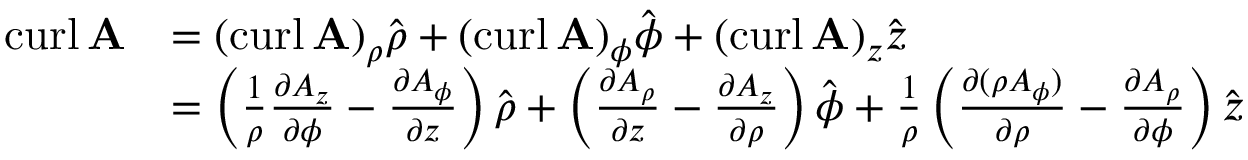
{ \begin{array} { r l } { \operatorname { c u r l } \mathbf { A } } & { = ( \operatorname { c u r l } \mathbf { A } ) _ { \rho } { \hat { \boldsymbol { \rho } } } + ( \operatorname { c u r l } \mathbf { A } ) _ { \phi } { \hat { \boldsymbol { \phi } } } + ( \operatorname { c u r l } \mathbf { A } ) _ { z } { \hat { \boldsymbol { z } } } } \\ & { = \left( { \frac { 1 } { \rho } } { \frac { \partial A _ { z } } { \partial \phi } } - { \frac { \partial A _ { \phi } } { \partial z } } \right) { \hat { \boldsymbol { \rho } } } + \left( { \frac { \partial A _ { \rho } } { \partial z } } - { \frac { \partial A _ { z } } { \partial \rho } } \right) { \hat { \boldsymbol { \phi } } } + { \frac { 1 } { \rho } } \left( { \frac { \partial ( \rho A _ { \phi } ) } { \partial \rho } } - { \frac { \partial A _ { \rho } } { \partial \phi } } \right) { \hat { \boldsymbol { z } } } } \end{array} }